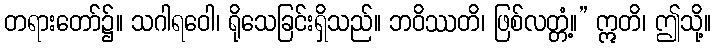
တရားတော်၌။ သဂါရဝေါ၊ ရိုသေခြင်းရှိသည်။ ဘဝိဿတိ၊ ဖြစ်လတ္တံ့။” ဣတိ၊ ဤသို့။